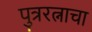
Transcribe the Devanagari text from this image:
पुत्ररत्नाचा